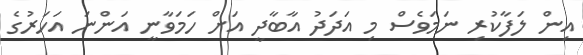
އިން ލަފާކުރި ނަމަވެސް މި އަދަދު އާބާދީ އަށް ހަމަވާނީ އަންނަ އަހަރުގެ